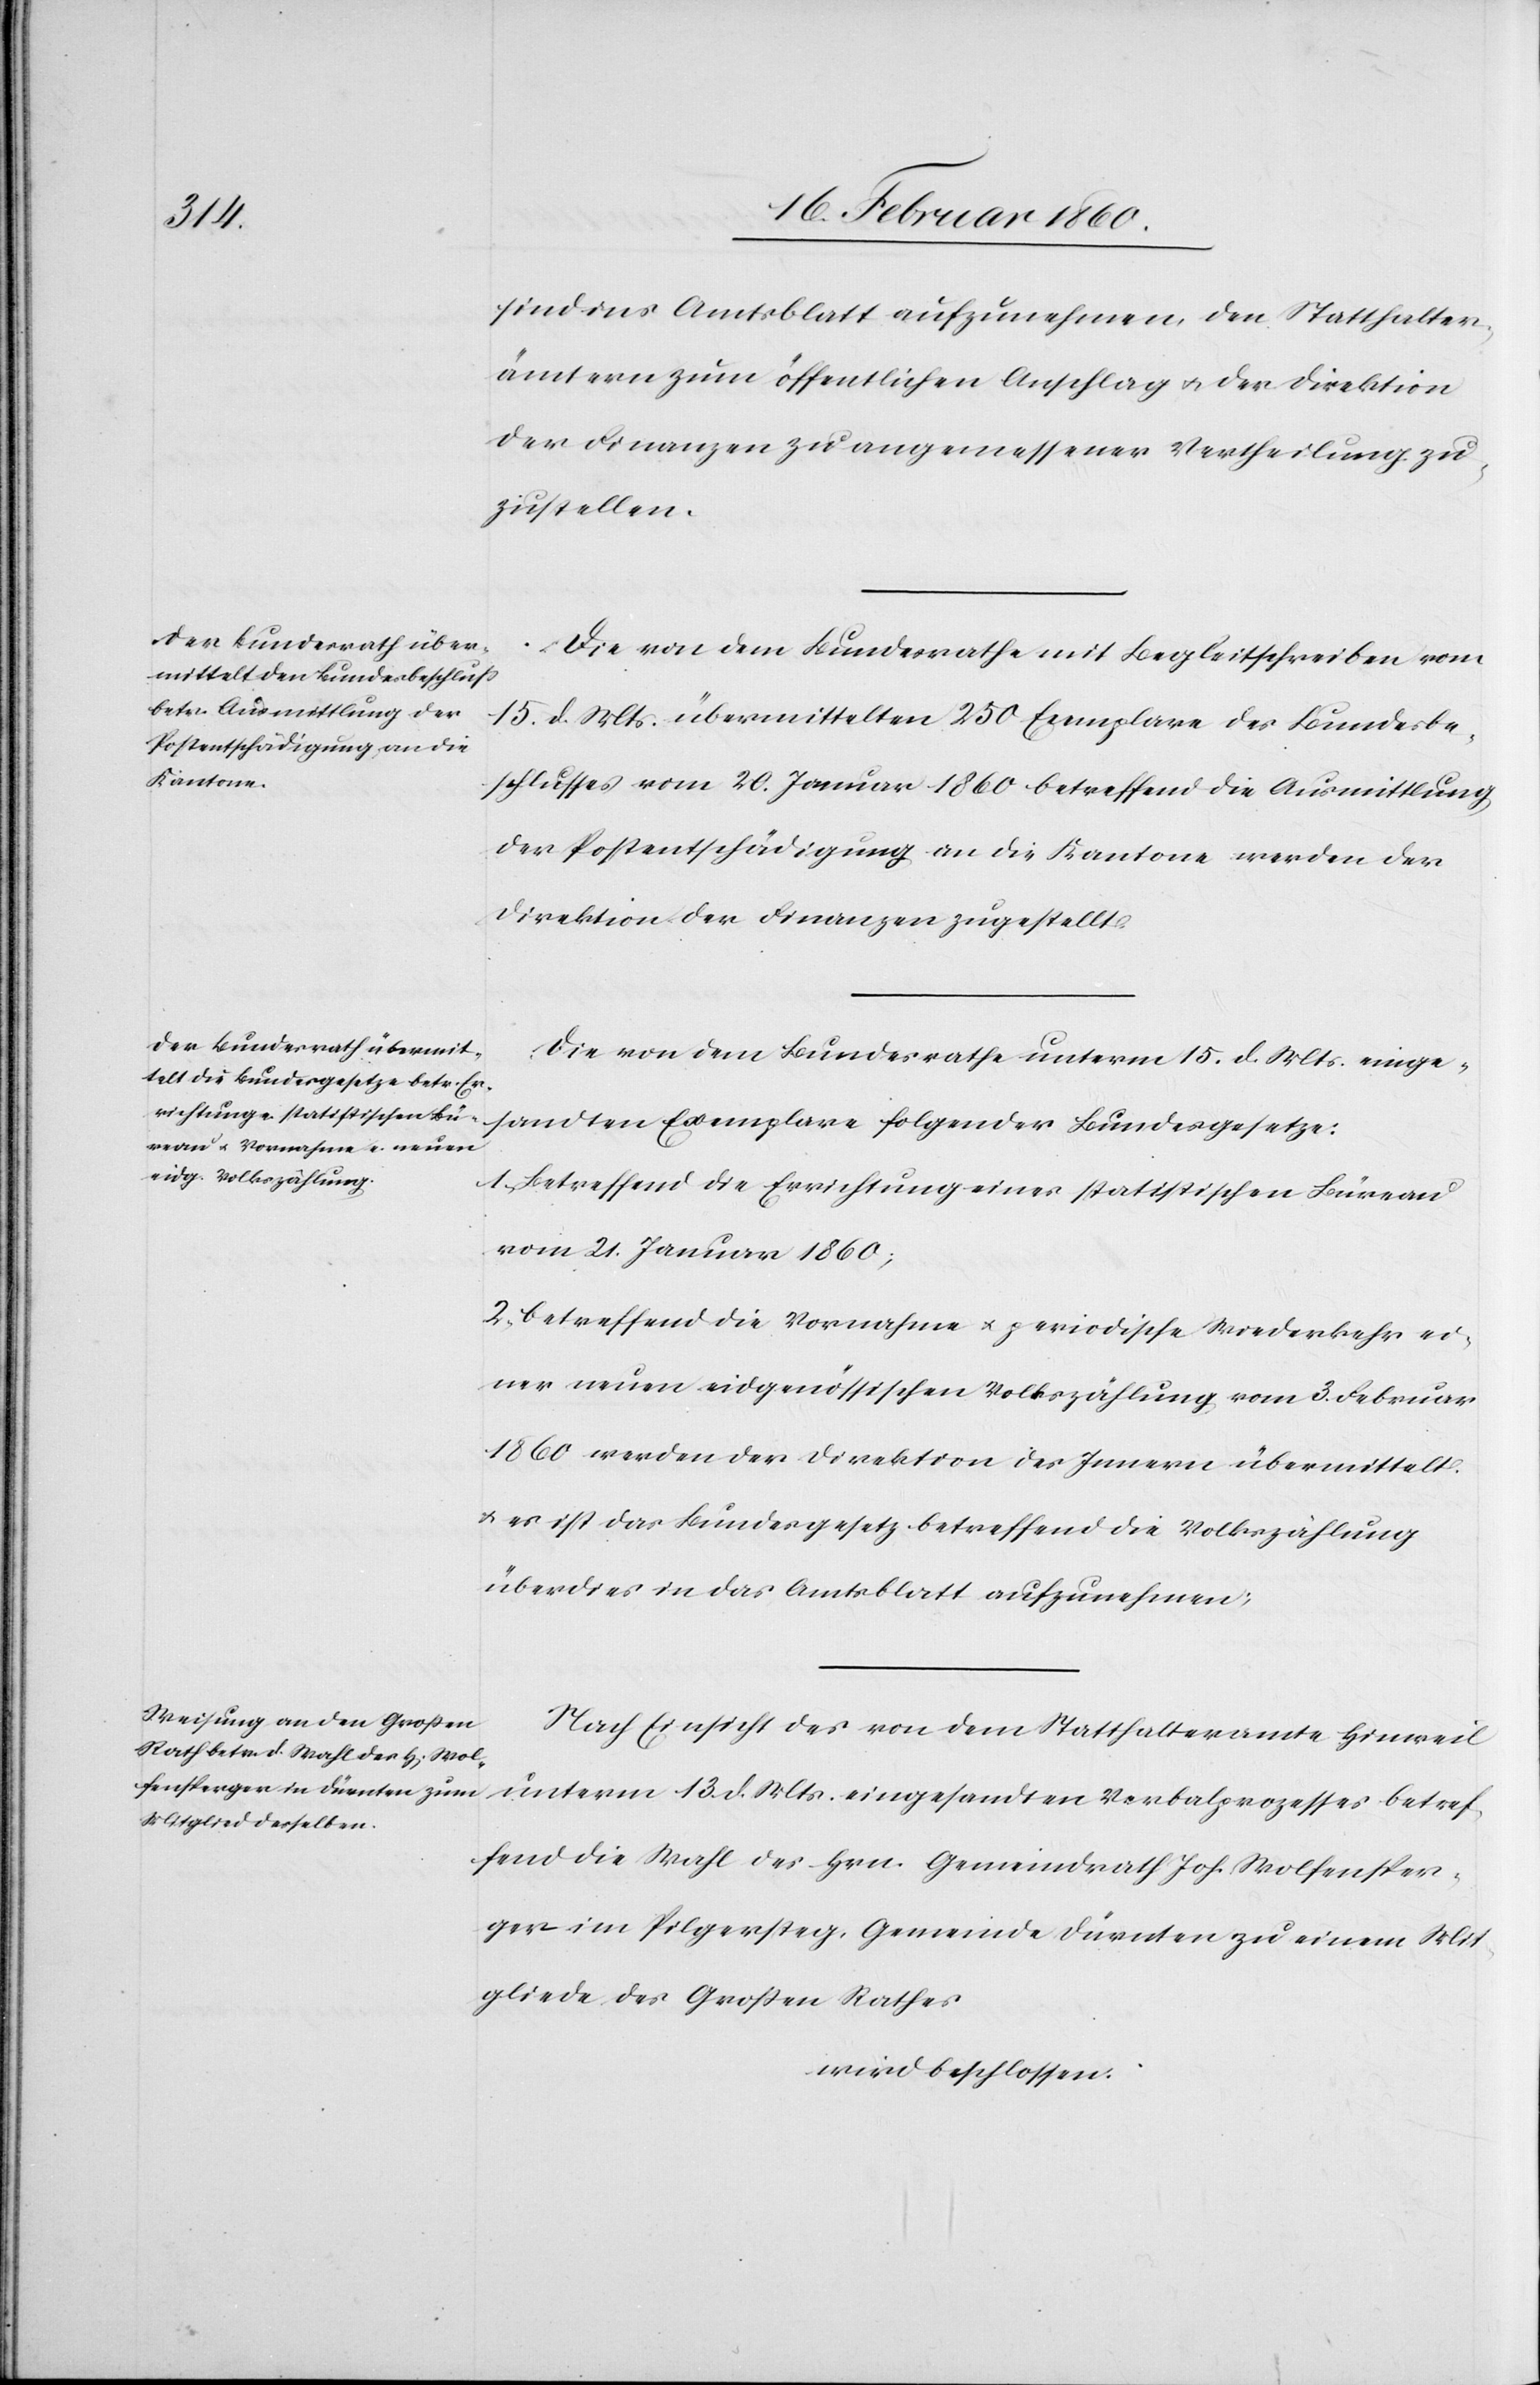
sind ins Amtsblatt aufzunehmen, den Statthalter¬
ämtern zum öffentlichen Anschlag u. der Direktion
der Finanzen zu angemessener Vertheilung zu¬
zustellen.
Die von dem Bundesrathe mit Begleitschreiben vom
15. d. Mts. übermittelten 250. Exemplare des Bundesbe¬
schlusses vom 20. Januar 1860 betreffend die Ausmittlung
der Postentschädigung an die Kantone werden der
Direktion der Finanzen zugestellt.
Die von dem Bundesrathe unterm 15. d. Mts. einge¬
1. Betreffend die Errichtung eines statistischen Büreau
vom 21. Januar 1860;
2. betreffend die Vornahme u. periodische Wiederkehr ei¬
ner neuen eidgenössischen Volkszählung vom 3. Februar
1860 werden der Direktion des Innern übermittelt
u. es ist das Bundesgesetz betreffend die Volkszählung
überdies in das Amtsblatt aufzunehmen.
Nach Einsicht des von dem Statthalteramte Hinweil
unterm 13. d. Mts. eingesandten Verbalprozesses betref¬
fend die Wahl des Hrn. Gemeindrath Joh. Wolfensper¬
ger im Pilgersteg, Gemeinde Dürnten zu einem Mit¬
gliede des Grossen Rathes
wird beschlossen:
er
etze: